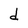
Character: d